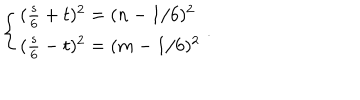
\left\{ \begin{array} { l l } { { ( \frac { s } { 6 } + t ) ^ { 2 } = ( n - 1 / 6 ) ^ { 2 } } } \\ { { ( \frac { s } { 6 } - t ) ^ { 2 } = ( m - 1 / 6 ) ^ { 2 } } } \\ \end{array} \right. .